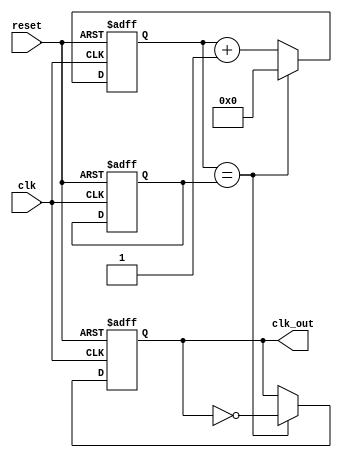
module fractional_clock_divider (
  input wire clk,
  input wire reset,
  output wire clk_out
);

reg [7:0] count;
reg [7:0] divider;
reg sync;

always @ (posedge clk or posedge reset) begin
  if (reset) begin
    count <= 8'b0;
    divider <= 8'b110;
    sync <= 1'b0;
  end else begin
    if (count == divider) begin
      count <= 8'b0;
      sync <= ~sync;
    end else begin
      count <= count + 1;
    end
  end
end

assign clk_out = sync;

endmodule